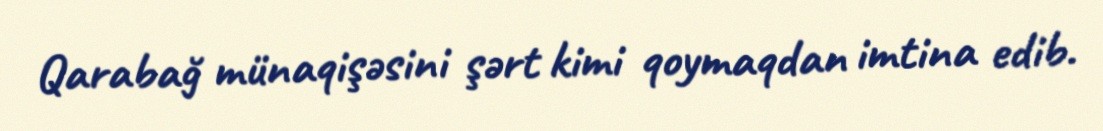
Qarabağ münaqişəsini şərt kimi qoymaqdan imtina edib.